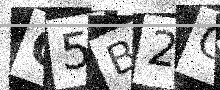
Text: C5B2CY